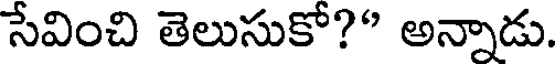
సేవించి తెలుసుకో?" అన్నాడు.